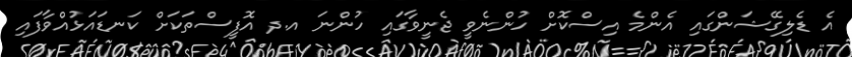
އެ ޑެލިގޭޝަންގައި އެންމެ އިސްކޮށް ހުންނެވީ ޖެނީވާގައި ހުންނަ އ.ދ އޮފީސްތަކަށް ކަނޑައަޅުއްވާފައި